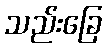
သည်းခြေ